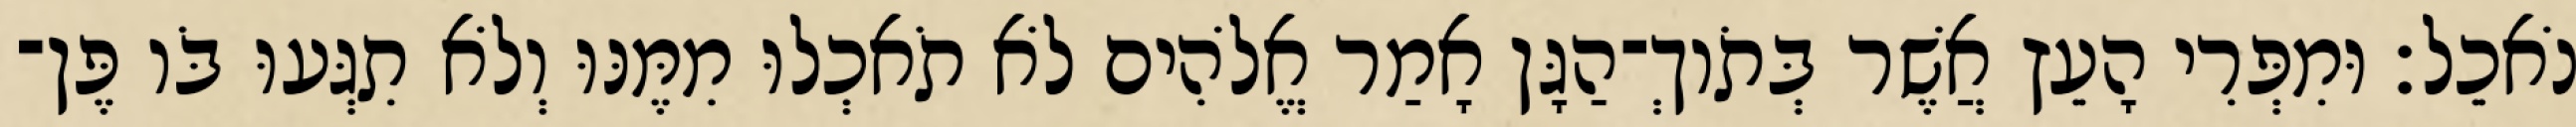
נֹאכֵל׃ וּמִפְּרִי הָעֵץ אֲשֶׁר בְּתֹוךְ־הַגָּן אָמַר אֱלֹהִים לֹא תֹאכְלוּ מִמֶּנּוּ וְלֹא תִגְּעוּ בֹּו פֶּן־